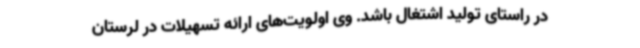
در راستای تولید اشتغال باشد. وی اولویت‌های ارائه تسهیلات در لرستان